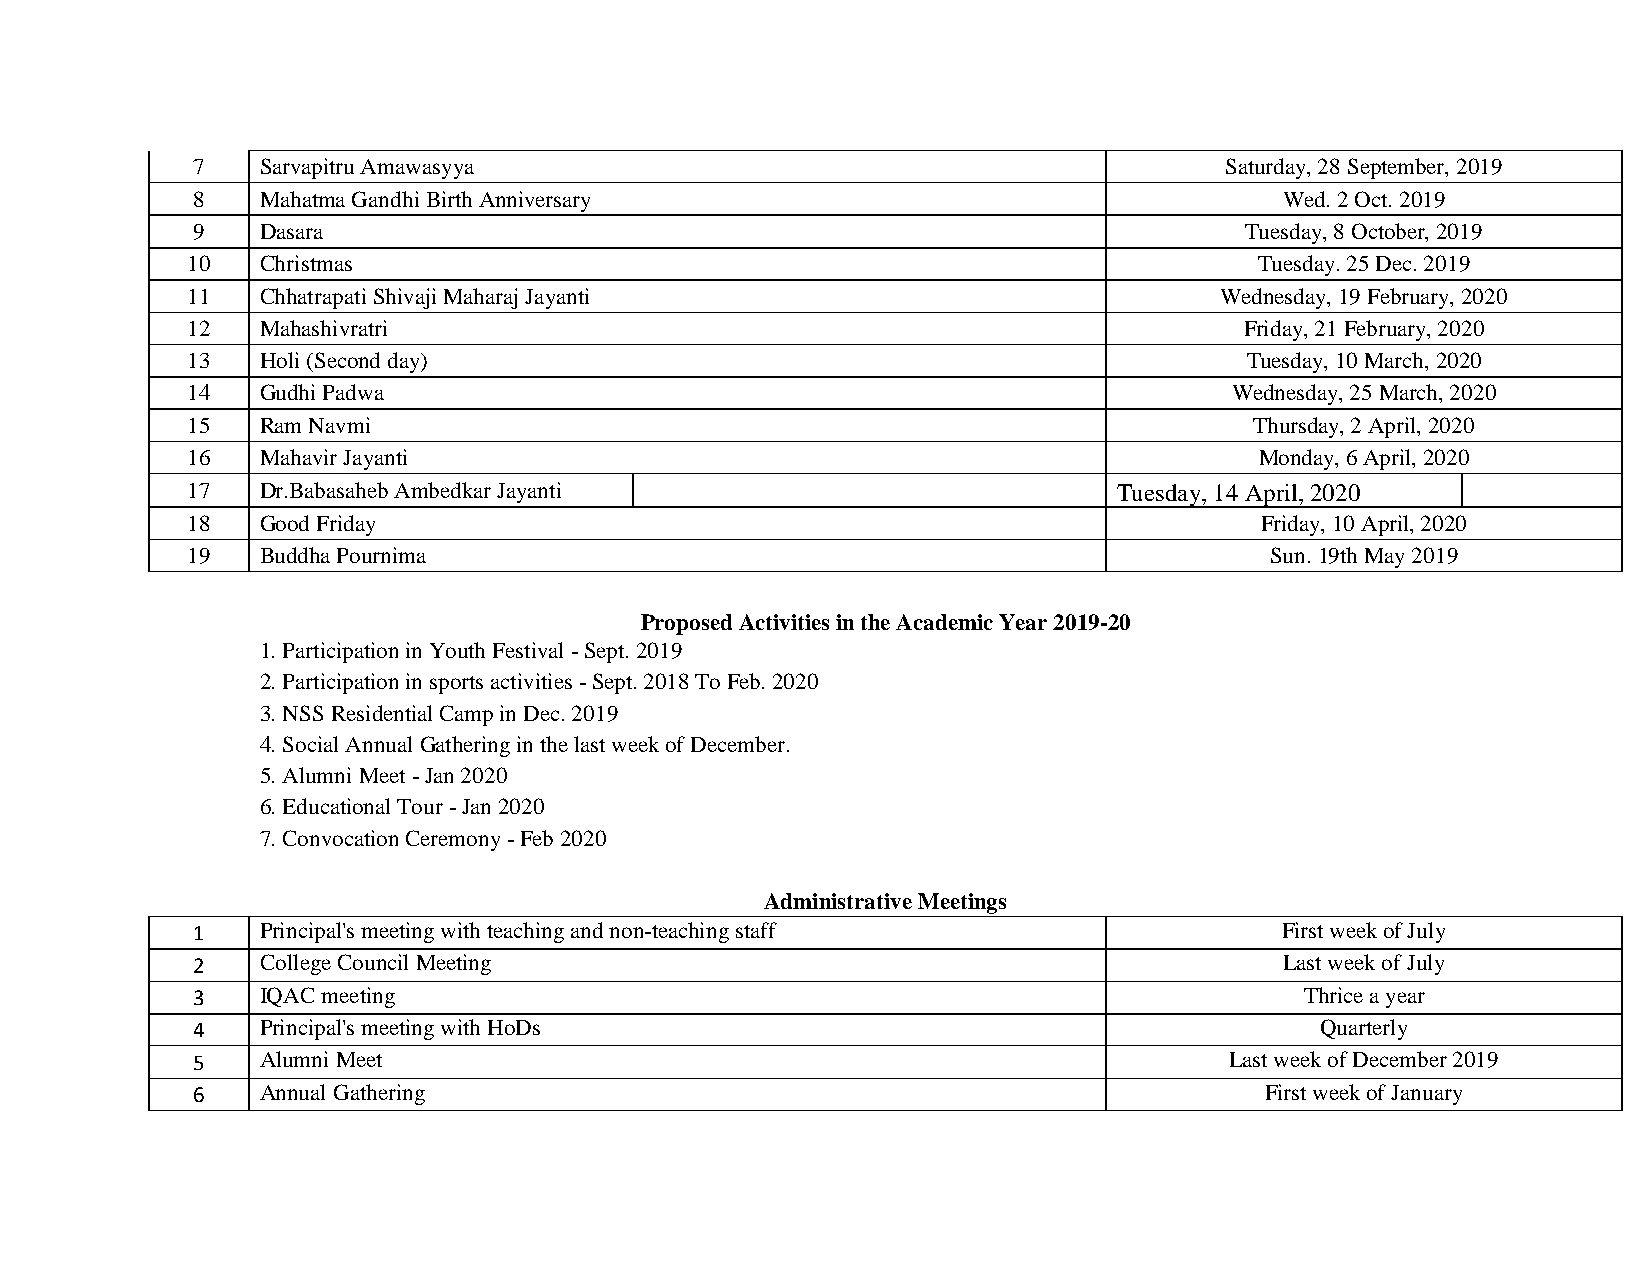
7   Sarvapitru Amawasyya                                            Saturday, 28 September, 2019
 8   Mahatma Gandhi Birth Anniversary                                    Wed. 2 Oct. 2019
 9   Dasara                                                           Tuesday, 8 October, 2019
 10   Christmas                                                         Tuesday. 25 Dec. 2019
 11   Chhatrapati Shivaji Maharaj Jayanti                             Wednesday, 19 February, 2020
 12   Mahashivratri                                                    Friday, 21 February, 2020
 13   Holi (Second day)                                                Tuesday, 10 March, 2020
 14   Gudhi Padwa                                                      Wednesday, 25 March, 2020
 15   Ram Navmi                                                         Thursday, 2 April, 2020
 16   Mahavir Jayanti                                                   Monday, 6 April, 2020
 17   Dr.Babasaheb Ambedkar Jayanti                            Tuesday, 14 April, 2020
 18   Good Friday                                                       Friday, 10 April, 2020
 19   Buddha Pournima                                                    Sun. 19th May 2019
 P roposed Activities in the Academic Year 2019-2 0
 1. Participation in Youth Festival - Sept. 2019
 2. Participation in sports activities - Sept. 2018 To Feb. 2020
 3. NSS Residential Camp in Dec. 2019
 4. Social Annual Gathering in the last week of December.
 5. Alumni Meet - Jan 2020
 6. Educational Tour - Jan 2020
 7. Convocation Ceremony - Feb 2020
 Administrative Meetings
 1   Principal's meeting with teaching and non-teaching staff            First week of July
 2   College Council Meeting                                             Last week of July
 3   IQAC meeting                                                         Thrice a year
 4   Principal's meeting with HoDs                                         Quarterly
 5   Alumni Meet                                                     Last week of December 2019
 6   Annual Gathering                                                   First week of January